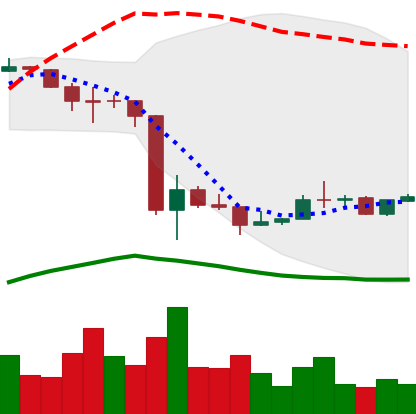
Ticker: LINK-USD
Chart end date: 2020-03-24
Forward return: -12.25%
Label: down_7plus